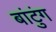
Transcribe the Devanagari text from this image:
बांटुंग